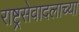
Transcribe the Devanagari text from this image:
राष्ट्रसेवादलाच्या